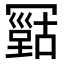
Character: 𠖠